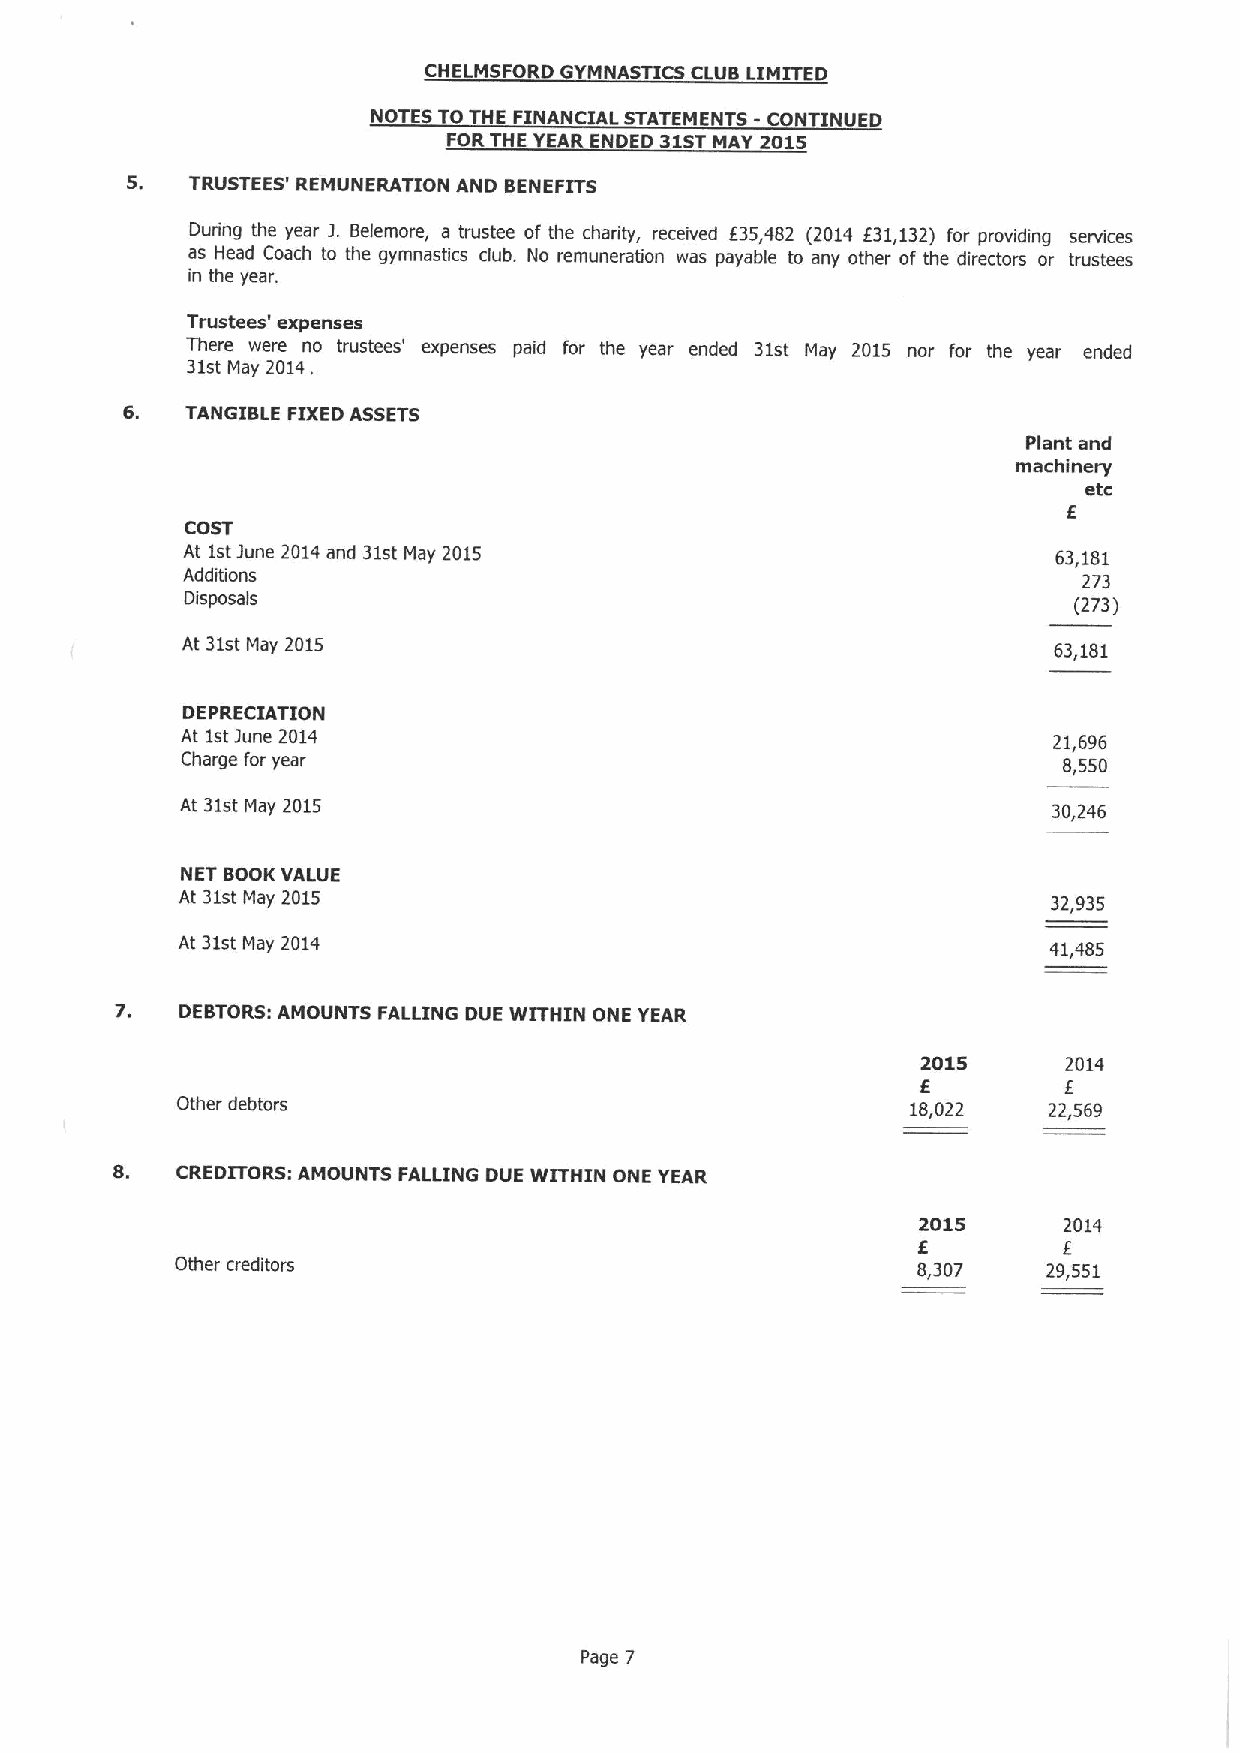
CHELMSFORD GYMNASTICS CLUB LIMITED
 NOTES TO THE FINANCIAL STATEMENTS - CONTINUED
 FORTHE YEAR ENDED 31STMAY 2015
 5.   TRUSTEES' REMUNERATION AND BENEFITS
 I
 During the year Belemore, a trustee of the charity, received 635,482 (2014 631,132) for providing services
 as Head Coach to the gymnastics club. No remuneration was payable to any other of the directors or trustees
 in the year.
 Trustees' expenses
 There were no trustees' expenses paid for the year ended 31st May 2015 nor for the year ended
 31st May 2014.
 TANGIBLE FIXEDASSETS
 Plant end
 machinery
 etc
 E
 COST
 At 1stJune 2014and 31st May 2015                          63,181
 Additions                                                   273
 Disposals                                                  (273)
 At 31stMay 2015                                           63,181
 DEPRECIATION
 At 1stJune 2014                                           21,696
 Charge for year                                           8,550
 At 31stMay 2015                                           30,246
 NET BOOKVALUE
 At 31stMay 2015                                           32,935
 At 31st May 2014                                         41,485
 DEBTORS:AMOUNTS FALLING DUE WITHIN ONE YEAR
 2015      2014
 I
 Other debtors                                   18,022   22,569
 8.   CREDITORS: AMOUNTS FALLING DUE WITHIN ONE YEAR
 2015     2014
 E
 Other creditors                                  8,307   29,551
 Page 7